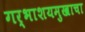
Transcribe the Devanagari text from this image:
गर्भाशयमुखाचा